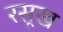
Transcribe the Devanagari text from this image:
रसूख